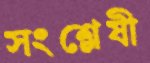
সংশ্লেষী